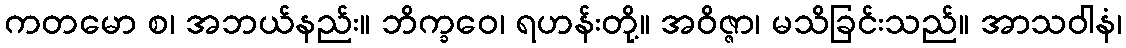
ကတမော စ၊ အဘယ်နည်း။ ဘိက္ခဝေ၊ ရဟန်းတို့။ အဝိဇ္ဇာ၊ မသိခြင်းသည်။ အာသဝါနံ၊